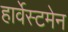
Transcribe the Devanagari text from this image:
हार्वेस्टमेन